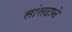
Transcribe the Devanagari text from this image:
सांसदाने